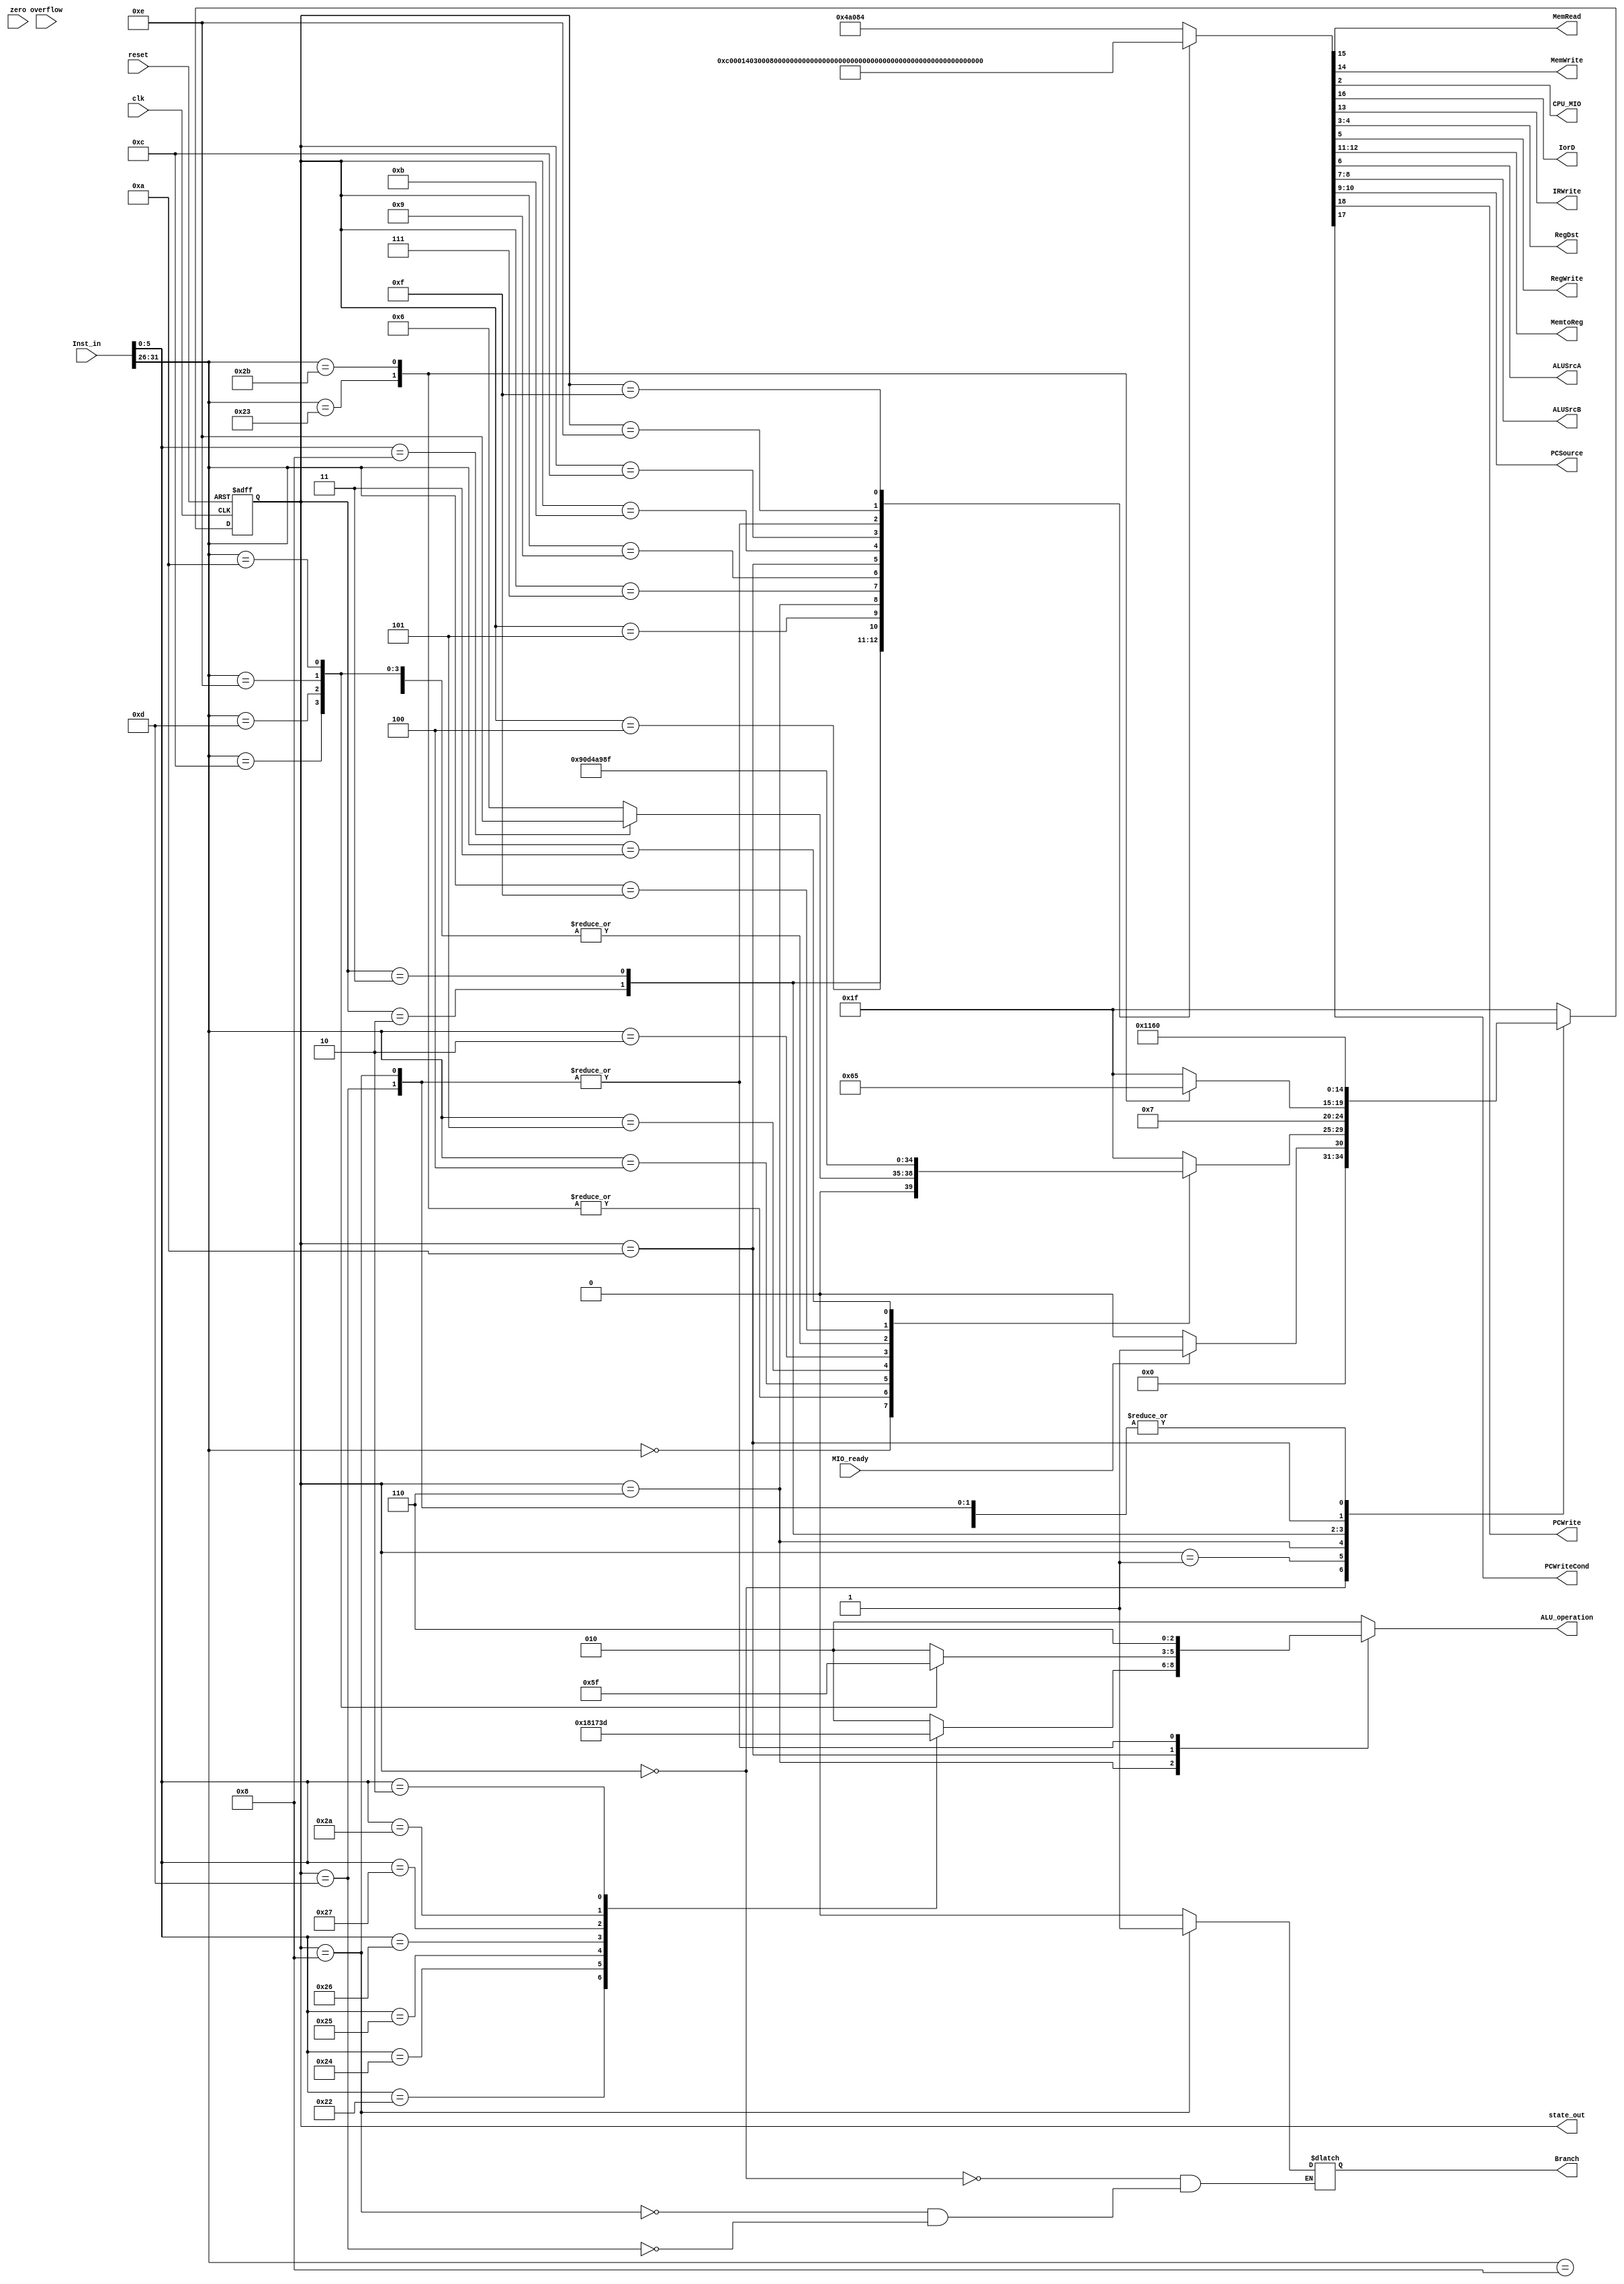
`timescale 1ns / 1ps
//////////////////////////////////////////////////////////////////////////////////
// Company: 
// Engineer: 
// 
// Design Name: 
// Module Name:    ctrl 
// Project Name: 
// Target Devices: 
// Tool versions: 
// Description: 
//
// Dependencies: 
//
// Revision: 
// Revision 0.01 - File Created
// Additional Comments: 
//
//////////////////////////////////////////////////////////////////////////////////
module ctrl(input  clk,
				input  reset,
				input  [31:0] Inst_in,
				input  zero,
				input  overflow,
				input  MIO_ready,
				output reg MemRead,
				output reg MemWrite,
				output reg[2:0]ALU_operation,
				output [4:0]state_out,
				
				output reg CPU_MIO,
				output reg IorD,
				output reg IRWrite,
				output reg [1:0]RegDst,
				output reg RegWrite,
				output reg [1:0]MemtoReg,
				output reg ALUSrcA,
				output reg [1:0]ALUSrcB,
				output reg [1:0]PCSource,
				output reg PCWrite,
				output reg PCWriteCond,
				output reg Branch
				);
				
	reg [4:0] state;
	reg [1:0] ALUop;
	parameter 	IF = 5'b00000, ID = 5'b00001, Mem_Exc = 5'b00010, Mem_RD = 5'b00011,
					LW_WB = 5'b00100, Mem_WD = 5'b00101, R_Exc = 5'b00110, R_WB = 5'b00111,
					Beq_Exc = 5'b01000, J_Exc = 5'b01001, I_Exc = 5'b01010, I_WB = 5'b01011,
					Lui_WB = 5'b01100,Bne_Exc = 5'b01101, Jr_Exc = 5'b01110, Jal_Exc = 5'b01111, 
					Error = 5'b11111;

	`define Datapath_signals {PCWrite, PCWriteCond, IorD, MemRead, MemWrite, IRWrite, MemtoReg, PCSource, ALUSrcB, ALUSrcA, RegWrite, RegDst, CPU_MIO, ALUop}
//	`define Datapath_signals {PCWrite, PCWriteCond, IorD, MemRead, MemWrite,
//	                          IRWrite, MemtoReg, PCSource,
//									  ALUSrcB, ALUSrcA, RegWrite,
//									  RegDst, CPU_MIO,
//									  ALUop}
	
	parameter 	valueIF = 19'b10010_10000_0100_001_00,
					valueID = 19'b00000_00000_1100_000_00,
			 valueMem_Exc = 19'b00000_00000_1010_000_00,
			  valueMem_RD = 19'b00110_00000_0000_001_00,
			   valueLW_WB = 19'b00000_00100_0001_000_00,
			  valueMem_WD = 19'b00101_00000_0000_001_00,
			   valueR_Exc = 19'b00000_00000_0010_000_10,
				 valueR_WB = 19'b00000_00000_0011_010_00,
		  	 valueBeq_Exc = 19'b01000_00001_0010_000_01,
			   valueJ_Exc = 19'b10000_00010_0000_000_00,
				valueI_Exc = 19'b00000_00000_1010_000_11,
				 valueI_WB = 19'b00000_00000_1011_000_00,
			  valueLui_WB = 19'b00000_01000_0001_000_00,
			 valueBne_Exc = 19'b01000_00001_0010_000_01,
			  valueJr_Exc = 19'b10000_00011_0010_000_00,
			 valueJal_Exc = 19'b10000_01110_0111_100_00;
			 
	parameter 	AND = 3'b000, OR = 3'b001, ADD = 3'b010, SUB = 3'b110,
					NOR = 3'b100,SLT = 3'b111, XOR = 3'b011, SRL = 3'b101;
	
	assign state_out = state;
	
//IF = 5'b00000, ID = 5'b00001, Mem_Exc = 5'b00010, Mem_RD = 5'b00011,
//LW_WB = 5'b00100, Mem_WD = 5'b00101, R_Exc = 5'b00110, R_WB = 5'b00111,
//Beq_Exc = 5'b01000, J_Exc = 5'b01001, I_Exc = 5'b01010, I_WB = 5'b01011,
//Lui_WB = 5'b01100, Bne_Exc = 5'b01101, Jr_Exc = 5'b01110, Jal_Exc = 5'b01111, 
//Error = 5'b11111;

	always @(posedge clk or posedge reset) begin
			if(reset == 1) state <= IF;
			else
				case(state)
					IF:	if(MIO_ready) state <= ID;
							else state <= IF;
					ID:	case(Inst_in[31:26])
								6'b000000: if(Inst_in[5:0] == 6'b001000) state <= Jr_Exc;
											  else state <= R_Exc;
								6'b100011: state <= Mem_Exc;	//lw
								6'b101011: state <= Mem_Exc;	//sw
								6'b000100: state <= Beq_Exc;
								6'b000101: state <= Bne_Exc;
								6'b000010: state <= J_Exc;
								6'b001000: state <= I_Exc;		//addi
								6'b001100: state <= I_Exc;		//andi
								6'b001101: state <= I_Exc;		//ori
								6'b001110: state <= I_Exc;		//xori
								6'b001010: state <= I_Exc;		//slti
								6'b001111: state <= Lui_WB;
								6'b000011: state <= Jal_Exc;
								default: state <= Error;
							endcase
					R_Exc: 	state <= R_WB;
					Mem_Exc:
							case(Inst_in[31:26])
								6'b100011: state <= Mem_RD;	//lw
								6'b101011: state <= Mem_WD;		//sw
								default: state <= Error;
							endcase
					Mem_RD: 	state <= LW_WB;
					LW_WB: 	state <= IF;
					Mem_WD: 	state <= IF;
					R_WB:		state <= IF;
					Beq_Exc:	state <= IF;
					J_Exc:	state <= IF;
					I_Exc:	state <= I_WB;
					I_WB:		state <= IF;
					Lui_WB:	state <= IF;
					Bne_Exc:	state <= IF;
					Jr_Exc:	state <= IF;
					Jal_Exc:	state <= IF;
					Error: 	state <= Error;
					default: state <= Error;
				endcase
	end
	
//IF = 5'b00000, ID = 5'b00001, Mem_Exc = 5'b00010, Mem_RD = 5'b00011,
//LW_WB = 5'b00100, Mem_WD = 5'b00101, R_Exc = 5'b00110, R_WB = 5'b00111,
//Beq_Exc = 5'b01000, J_Exc = 5'b01001, I_Exc = 5'b01010, I_WB = 5'b01011,
//Lui_WB = 5'b01100, Bne_Exc = 5'b01101, Jr_Exc = 5'b01110, Jal_Exc = 5'b01111, 
//Error = 5'b11111;

	always @* begin
		case(state)
			IF:		begin `Datapath_signals <= valueIF;
								Branch = 0;
								ALU_operation <= ADD; end
			ID:		begin `Datapath_signals <= valueID;
								ALU_operation <= ADD; end
			Mem_Exc:	begin `Datapath_signals <= valueMem_Exc;
								ALU_operation <= ADD; end
			Mem_RD:	begin `Datapath_signals <= valueMem_RD;
								ALU_operation <= ADD; end
			LW_WB:	begin `Datapath_signals <= valueLW_WB;
								ALU_operation <= ADD; end
			Mem_WD:	begin `Datapath_signals <= valueMem_WD;
								ALU_operation <= ADD; end
			R_Exc:	begin `Datapath_signals <= valueR_Exc;
								case(Inst_in[5:0])
									6'b100000: ALU_operation <= ADD;
									6'b100010: ALU_operation <= SUB;
									6'b100100: ALU_operation <= AND;
									6'b100101: ALU_operation <= OR;
									6'b100110: ALU_operation <= XOR;
									6'b100111: ALU_operation <= NOR;
									6'b101010: ALU_operation <= SLT;
									6'b000010: ALU_operation <= SRL;
									default:   ALU_operation <= ADD;
								endcase
						end
			R_WB:		begin `Datapath_signals <= valueR_WB;
								ALU_operation <= ADD; end
			Beq_Exc:	begin `Datapath_signals <= valueBeq_Exc;
								Branch = 1;
								ALU_operation <= SUB; end
			J_Exc:	begin `Datapath_signals <= valueJ_Exc;
								ALU_operation <= ADD; end
			I_Exc:	begin `Datapath_signals <= valueI_Exc;
								case(Inst_in[31:26])
									6'b001000: ALU_operation <= ADD;
									6'b001100: ALU_operation <= AND;
									6'b001101: ALU_operation <= OR;
									6'b001110: ALU_operation <= XOR;
									6'b001010: ALU_operation <= SLT;
									default:   ALU_operation <= ADD;
								endcase
						end
			I_WB:		begin `Datapath_signals <= valueI_WB;
								ALU_operation <= ADD; end
			Lui_WB:	begin `Datapath_signals <= valueLui_WB;
								ALU_operation <= ADD; end
			Bne_Exc:	begin `Datapath_signals <= valueBne_Exc;
								Branch = 0;
								ALU_operation <= SUB; end
			Jr_Exc:	begin `Datapath_signals <= valueJr_Exc;
								ALU_operation <= ADD; end
			Jal_Exc:	begin `Datapath_signals <= valueJal_Exc;
								ALU_operation <= ADD; end
			default:	begin `Datapath_signals <= valueIF;
								ALU_operation <= ADD; end
		endcase
	end
	
	
endmodule